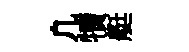
凢犢艇